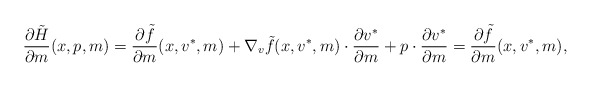
\begin{align*} \frac{\partial \tilde H}{\partial m}(x,p,m)= \frac{\partial \tilde f}{\partial m} (x,v^*,m) + \nabla_v \tilde f (x,v^*,m) \cdot \frac{\partial v^*}{\partial m}+ p \cdot \frac{\partial v^*}{\partial m} = \frac{\partial \tilde f}{\partial m} (x,v^*,m) ,\end{align*}